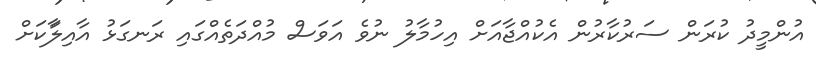
އުންމީދު ކުރަން ސަރުކާރުން އެކުއްޖާއަށް އިހުމާލު ނުވެ އަވަސް މުއްދަތެއްގައި ރަނގަޅު އާއިލާަކަށް